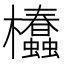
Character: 𣡢